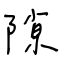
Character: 隙